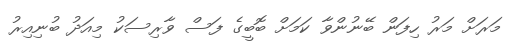
މަރަށް މަރު ހިފަން ބޭނުންވާ ކަމަށް ބޮބީގެ ފަސް ވާރިސަކު މިއަދު ބުނިއިރު